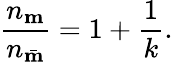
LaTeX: \frac{n_{\mathbf m}}{n_{\bar{\mathbf m}}}=1+\frac{1}{k}.